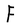
Character: F